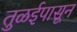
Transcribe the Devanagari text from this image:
तुळईपासून